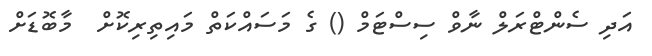
އަދި ސެންޓްރަލް ނާވް ސިސްޓަމް () ގެ މަސައްކަތް މައިތިރިކޮށް  މާބޮޑަށް